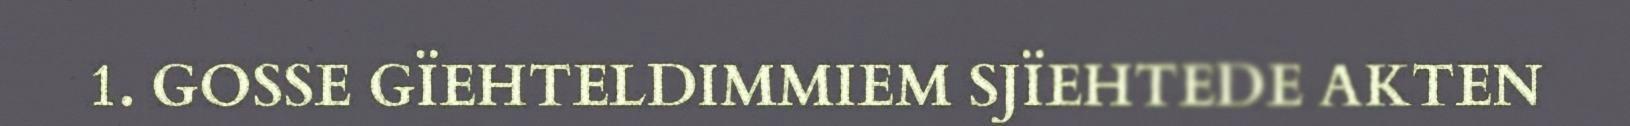
1. GOSSE GÏEHTELDIMMIEM SJÏEHTEDE AKTEN